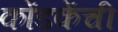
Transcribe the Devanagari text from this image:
कोंडकेंची